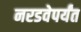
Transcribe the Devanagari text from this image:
नरडवेपर्यंत